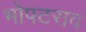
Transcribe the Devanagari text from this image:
भोपटराव